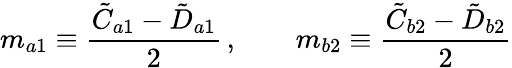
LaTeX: m_{a1}\equiv\frac{\tilde{C}_{a1}-\tilde{D}_{a1}}{2}\, ,\qquad m_{b2}\equiv\frac{\tilde{C}_{b2}-\tilde{D}_{b2}}{2}